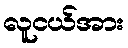
လူငယ်အား